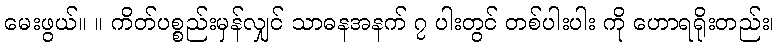
မေးဖွယ်။ ။ ကိတ်ပစ္စည်းမှန်လျှင် သာဓနအနက် ၇ ပါးတွင် တစ်ပါးပါး ကို ဟောရရိုးတည်း၊